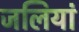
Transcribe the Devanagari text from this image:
जलियां